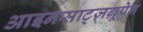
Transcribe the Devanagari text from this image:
आइनसाट्ज़ग्रूपेन